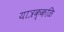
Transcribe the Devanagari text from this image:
यात्रक्कळि